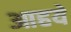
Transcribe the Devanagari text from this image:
आहये